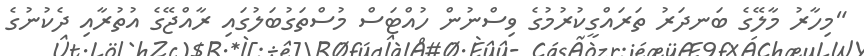
"މިހާރު މާލޭގެ ބަނދަރު ތަރައްގީކުރުމުގެ ވިސްނުން ހުއްޓަސް މުސްތަގުބަލުގައި ރާއްޖޭގެ އުތުރާއި ދެކުނުގެ